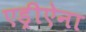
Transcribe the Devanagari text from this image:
एड्रीऐना